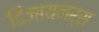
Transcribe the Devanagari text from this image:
डिजायनर्स